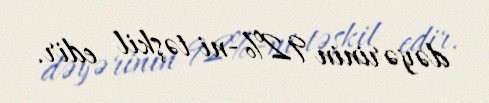
dəyərinin 92%-ni təşkil edir.